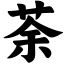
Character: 荼